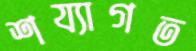
শয্যাগত